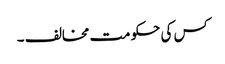
کس کی حکومت مخالف ۔